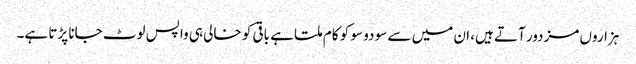
ہزاروں مزدور آتے ہیں، ان میں سے سو دو سو کو کام ملتا ہے باقی کو خالی ہی واپس لوٹ جانا پڑتا ہے۔